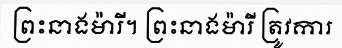
ព្រះនាងម៉ារី។ ព្រះនាងម៉ារី ត្រូវការ